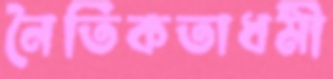
নৈতিকতাধর্মী